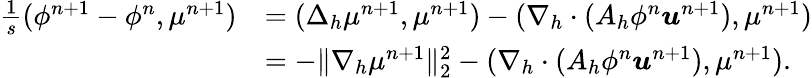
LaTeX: \begin{array}{rl}{\frac{1}{s}(\phi^{n+1}-\phi^{n},\mu^{n+1})}&{=(\Delta_{h}\mu^{n+1},\mu^{n+1})-(\nabla_{h}\cdot(A_{h}\phi^{n}\boldsymbol{u}^{n+1}),\mu^{n+1})}\\ &{=-\| \nabla_{h}\mu^{n+1}\| _{2}^{2}-(\nabla_{h}\cdot(A_{h}\phi^{n}\boldsymbol{u}^{n+1}),\mu^{n+1}).}\end{array}